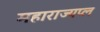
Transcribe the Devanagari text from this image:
महाराज्यप्ल